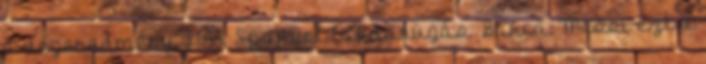
a végeredmény. 21:43 Spanyol labdarúgás Barca: Messi ezt a